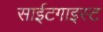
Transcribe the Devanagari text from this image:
साईटगाइस्ट